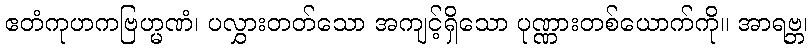
ဧတံကုဟကဗြဟ္မဏံ၊ ပလွှားတတ်သော အကျင့်ရှိသော ပုဏ္ဏားတစ်ယောက်ကို။ အာရဗ္ဘ၊